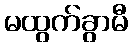
မထွက်ခွာမီ